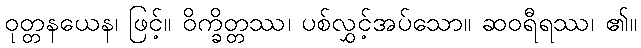
ဝုတ္တနယေန၊ ဖြင့်။ ဝိက္ခိတ္တဿ၊ ပစ်လွှင့်အပ်သော။ ဆဝရီရဿ၊ ၏။